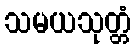
သမယသုတ္တံ